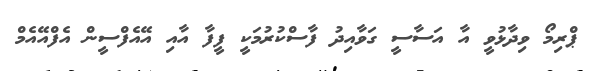
ޕްރިމޯ ވިދާޅުވީ އާ އަސާސީ ގަވާއިދު ފާސްކުރުމަކީ ފީފާ އާއި އޭއެފްސީން އެފްއޭއެމް